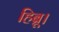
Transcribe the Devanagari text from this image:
हिब्रू।